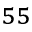
^ { 5 5 }